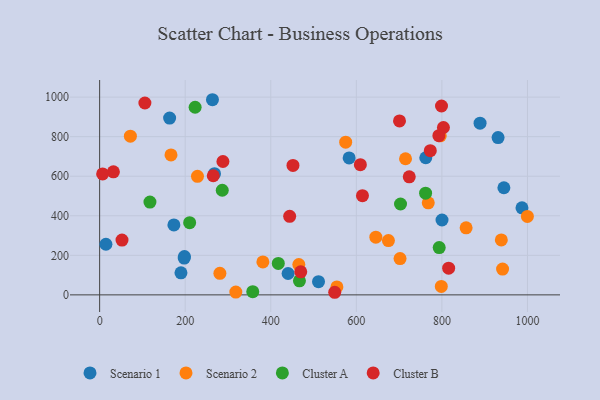
{"axis": {"x": "Price", "y": "Yield"}, "legend": ["Cluster A", "Cluster B", "Scenario 1", "Scenario 2"], "data": [{"x": "944.9", "y": 541.6, "type": "Scenario 1"}, {"x": "190.1", "y": 111.6, "type": "Scenario 1"}, {"x": "163.6", "y": 893.9, "type": "Scenario 1"}, {"x": "173.6", "y": 353.7, "type": "Scenario 1"}, {"x": "263.7", "y": 986.8, "type": "Scenario 1"}, {"x": "987.2", "y": 439.9, "type": "Scenario 1"}, {"x": "440.5", "y": 108.1, "type": "Scenario 1"}, {"x": "889.2", "y": 868.0, "type": "Scenario 1"}, {"x": "197.7", "y": 185.9, "type": "Scenario 1"}, {"x": "931.3", "y": 795.2, "type": "Scenario 1"}, {"x": "583.2", "y": 692.3, "type": "Scenario 1"}, {"x": "198.2", "y": 193.5, "type": "Scenario 1"}, {"x": "762.3", "y": 693.3, "type": "Scenario 1"}, {"x": "14.7", "y": 255.9, "type": "Scenario 1"}, {"x": "511.6", "y": 66.9, "type": "Scenario 1"}, {"x": "268.5", "y": 612.9, "type": "Scenario 1"}, {"x": "800.3", "y": 378.6, "type": "Scenario 1"}, {"x": "999.8", "y": 396.8, "type": "Scenario 2"}, {"x": "675.0", "y": 274.4, "type": "Scenario 2"}, {"x": "166.8", "y": 707.8, "type": "Scenario 2"}, {"x": "941.8", "y": 130.6, "type": "Scenario 2"}, {"x": "938.9", "y": 278.0, "type": "Scenario 2"}, {"x": "71.9", "y": 802.7, "type": "Scenario 2"}, {"x": "228.7", "y": 599.4, "type": "Scenario 2"}, {"x": "381.6", "y": 166.7, "type": "Scenario 2"}, {"x": "575.1", "y": 772.1, "type": "Scenario 2"}, {"x": "281.1", "y": 109.1, "type": "Scenario 2"}, {"x": "856.6", "y": 339.2, "type": "Scenario 2"}, {"x": "768.1", "y": 465.6, "type": "Scenario 2"}, {"x": "796.2", "y": 804.4, "type": "Scenario 2"}, {"x": "554.6", "y": 40.3, "type": "Scenario 2"}, {"x": "465.6", "y": 153.2, "type": "Scenario 2"}, {"x": "715.0", "y": 688.4, "type": "Scenario 2"}, {"x": "645.6", "y": 291.9, "type": "Scenario 2"}, {"x": "318.3", "y": 14.3, "type": "Scenario 2"}, {"x": "702.2", "y": 183.5, "type": "Scenario 2"}, {"x": "798.6", "y": 42.6, "type": "Scenario 2"}, {"x": "467.0", "y": 70.8, "type": "Cluster A"}, {"x": "117.6", "y": 469.4, "type": "Cluster A"}, {"x": "223.2", "y": 948.7, "type": "Cluster A"}, {"x": "286.6", "y": 529.1, "type": "Cluster A"}, {"x": "417.6", "y": 159.2, "type": "Cluster A"}, {"x": "703.3", "y": 459.4, "type": "Cluster A"}, {"x": "793.7", "y": 238.9, "type": "Cluster A"}, {"x": "357.9", "y": 16.2, "type": "Cluster A"}, {"x": "761.9", "y": 514.0, "type": "Cluster A"}, {"x": "210.4", "y": 365.0, "type": "Cluster A"}, {"x": "772.9", "y": 729.1, "type": "Cluster B"}, {"x": "799.1", "y": 955.1, "type": "Cluster B"}, {"x": "803.6", "y": 846.4, "type": "Cluster B"}, {"x": "700.9", "y": 879.6, "type": "Cluster B"}, {"x": "105.8", "y": 970.3, "type": "Cluster B"}, {"x": "549.5", "y": 13.1, "type": "Cluster B"}, {"x": "444.2", "y": 397.3, "type": "Cluster B"}, {"x": "32.2", "y": 622.2, "type": "Cluster B"}, {"x": "815.8", "y": 135.2, "type": "Cluster B"}, {"x": "7.0", "y": 611.4, "type": "Cluster B"}, {"x": "614.3", "y": 501.4, "type": "Cluster B"}, {"x": "470.1", "y": 116.6, "type": "Cluster B"}, {"x": "265.6", "y": 602.4, "type": "Cluster B"}, {"x": "609.4", "y": 658.6, "type": "Cluster B"}, {"x": "52.3", "y": 277.1, "type": "Cluster B"}, {"x": "723.7", "y": 597.0, "type": "Cluster B"}, {"x": "288.2", "y": 674.5, "type": "Cluster B"}, {"x": "792.9", "y": 805.1, "type": "Cluster B"}, {"x": "451.9", "y": 654.5, "type": "Cluster B"}]}